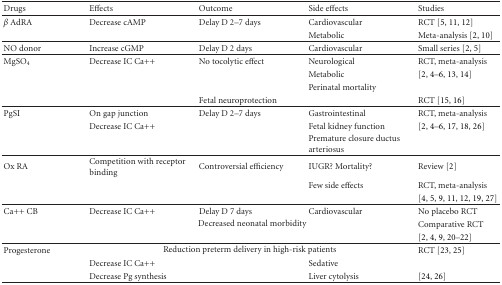
<table><thead><tr><td><b>Drugs</b></td><td><b>Effects</b></td><td><b>Outcome</b></td><td><b>Side effects</b></td><td><b>Studies</b></td></tr></thead><tbody><tr><td><i>β</i> AdRA</td><td>Decrease cAMP</td><td>Delay D 2–7 days</td><td>Cardiovascular</td><td>RCT [5, 11, 12]</td></tr><tr><td></td><td></td><td></td><td>Metabolic</td><td>Meta-analysis [2, 10]</td></tr><tr><td>NO donor</td><td>Increase cGMP</td><td>Delay D 2 days</td><td>Cardiovascular</td><td>Small series [2, 5] </td></tr><tr><td>MgSO<sub>4</sub></td><td>Decrease IC Ca++</td><td>No tocolytic effect</td><td>Neurological</td><td>RCT, meta-analysis</td></tr><tr><td></td><td></td><td></td><td>Metabolic</td><td>[2, 4–6, 13, 14]</td></tr><tr><td></td><td></td><td></td><td>Perinatal mortality</td><td></td></tr><tr><td></td><td></td><td>Fetal neuroprotection</td><td></td><td>RCT [15, 16] </td></tr><tr><td>PgSI</td><td>On gap junction</td><td>Delay D 2–7 days</td><td>Gastrointestinal</td><td>RCT, meta-analysis</td></tr><tr><td></td><td>Decrease IC Ca++</td><td></td><td>Fetal kidney function</td><td>[2, 4–6, 17, 18, 26]</td></tr><tr><td></td><td></td><td></td><td>Premature closure ductus arteriosus</td><td></td></tr><tr><td>Ox RA</td><td>Competition with receptor binding</td><td>Controversial efficiency</td><td>IUGR? Mortality?</td><td>Review [2]</td></tr><tr><td></td><td></td><td></td><td>Few side effects</td><td>RCT, meta-analysis</td></tr><tr><td></td><td></td><td></td><td></td><td>[4, 5, 9, 11, 12, 19, 27] </td></tr><tr><td>Ca++ CB</td><td>Decrease IC Ca++</td><td>Delay D 7 days</td><td>Cardiovascular</td><td>No placebo RCT</td></tr><tr><td></td><td></td><td colspan="2">Decreased neonatal morbidity</td><td>Comparative RCT</td></tr><tr><td></td><td></td><td></td><td></td><td>[2, 4, 9, 20–22] </td></tr><tr><td>Progesterone</td><td colspan="3">Reduction preterm delivery in high-risk patients</td><td>RCT [23, 25]</td></tr><tr><td></td><td>Decrease IC Ca++</td><td></td><td>Sedative</td><td></td></tr><tr><td></td><td>Decrease Pg synthesis</td><td></td><td>Liver cytolysis</td><td>[24, 26]</td></tr></tbody></table>